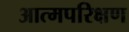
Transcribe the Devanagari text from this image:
आत्मपरिक्षण